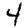
Digit: 4